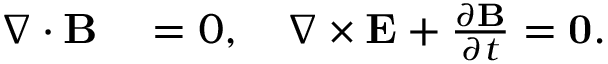
\begin{array} { r l } { \nabla \cdot \mathbf { B } } & { { } = 0 , \quad \nabla \times \mathbf { E } + \frac { \partial \mathbf { B } } { \partial t } = \bf { 0 } . } \end{array}